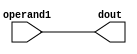
module alu_mov(
  input wire  [15:0] operand1,
  output wire  [15:0] dout);
  
  assign dout = operand1;
  
endmodule